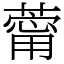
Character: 䔭